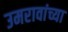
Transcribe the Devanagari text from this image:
उमरावांच्या